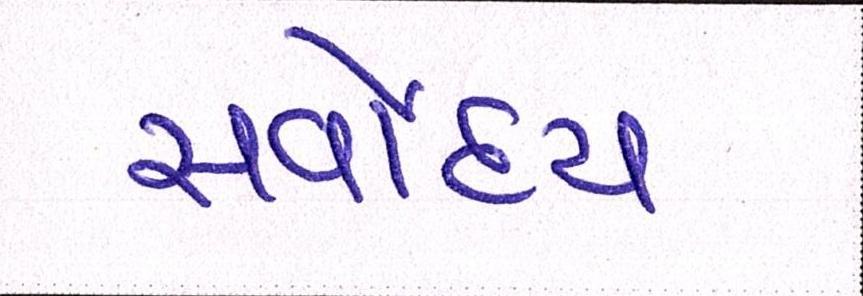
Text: સર્વોદય